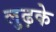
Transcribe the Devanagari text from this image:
लुढ़के